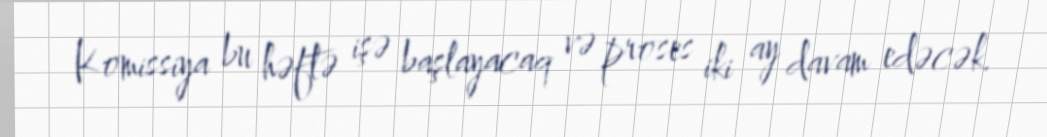
Komissiya bu həftə işə başlayacaq və proses iki ay davam edəcək.